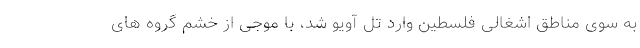
به سوی مناطق اشغالی فلسطین وارد تل آویو شد، با موجی از خشم گروه های